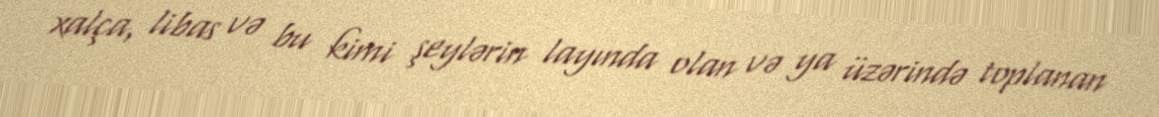
xalça, libas və bu kimi şeylərin layında olan və ya üzərində toplanan